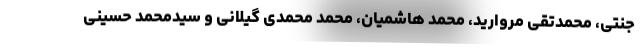
جنتی، محمدتقی مروارید، محمد هاشمیان، محمد محمدی گیلانی و سیدمحمد حسینی